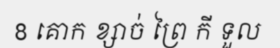
8 គោក ខ្សាច់ ព្រៃ កី ទួល